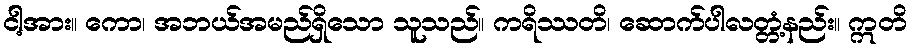
ငါ့အား။ ကော၊ အဘယ်အမည်ရှိသော သူသည်။ ကရိဿတိ၊ ဆောက်ပါလတ္တံ့နည်း။ ဣတိ